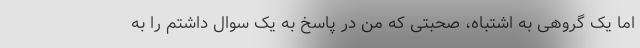
اما یک گروهی به اشتباه، صحبتی که من در پاسخ به یک سوال داشتم را به